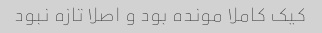
کیک کاملا مونده بود و اصلا تازه نبود